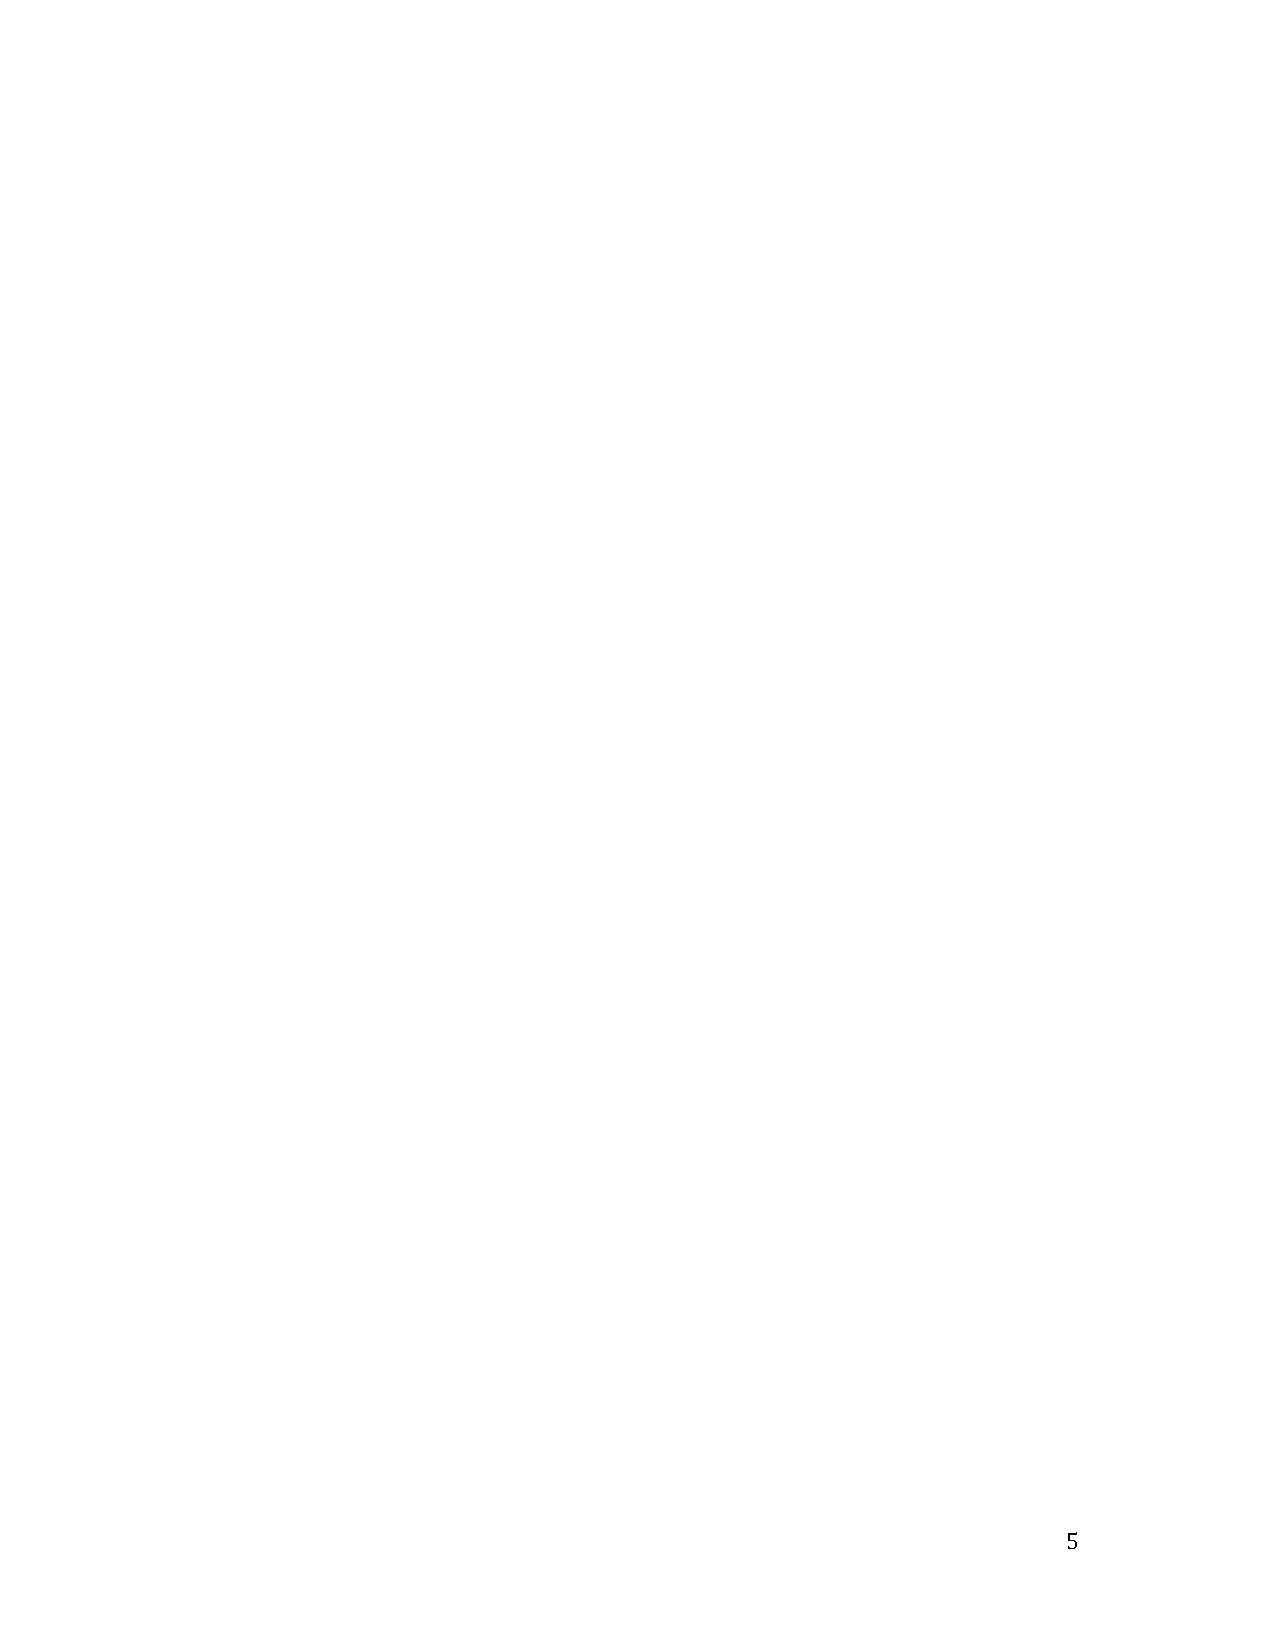
Unit I Use academic and technical vocabulary in relevant contexts.
 Construct meaningful and grammatically correct sentences
 Unit II Effectively listen and acquire language and content, read fast and
 understand texts.
 Unit III Use oral presentation skills in all professional contexts.
 Unit IV Demonstrate the understanding of the nature and importance of technical
 communication
 Draft various types of technical and business documents like, reports,
 proposals and business letters
 Unit V Compose documents like job application, book review etc.
 5